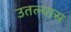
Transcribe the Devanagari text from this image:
उतल्यास